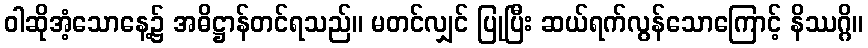
ဝါဆိုအံ့သောနေ့၌ အဓိဋ္ဌာန်တင်ရသည်။ မတင်လျှင် ပြုပြီး ဆယ်ရက်လွန်သောကြောင့် နိဿဂ္ဂိ။